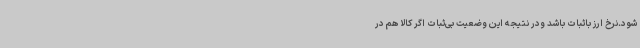
شود.نرخ ارز باثبات باشد ودر نتیجه این وضعیت بی‌ثبات اگر کالا هم در